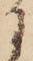
に